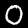
Label: 0